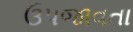
ઉપજાવતા